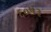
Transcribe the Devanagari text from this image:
६०५३